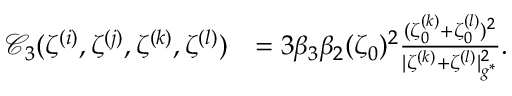
\begin{array} { r l } { \mathcal { C } _ { 3 } ( \zeta ^ { ( i ) } , \zeta ^ { ( j ) } , \zeta ^ { ( k ) } , \zeta ^ { ( l ) } ) } & { = 3 \beta _ { 3 } \beta _ { 2 } ( \zeta _ { 0 } ) ^ { 2 } \frac { ( \zeta _ { 0 } ^ { ( k ) } + \zeta _ { 0 } ^ { ( l ) } ) ^ { 2 } } { | { \zeta ^ { ( k ) } } + { \zeta ^ { ( l ) } } | _ { g ^ { * } } ^ { 2 } } . } \end{array}